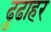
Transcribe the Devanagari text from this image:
ढुढाहर